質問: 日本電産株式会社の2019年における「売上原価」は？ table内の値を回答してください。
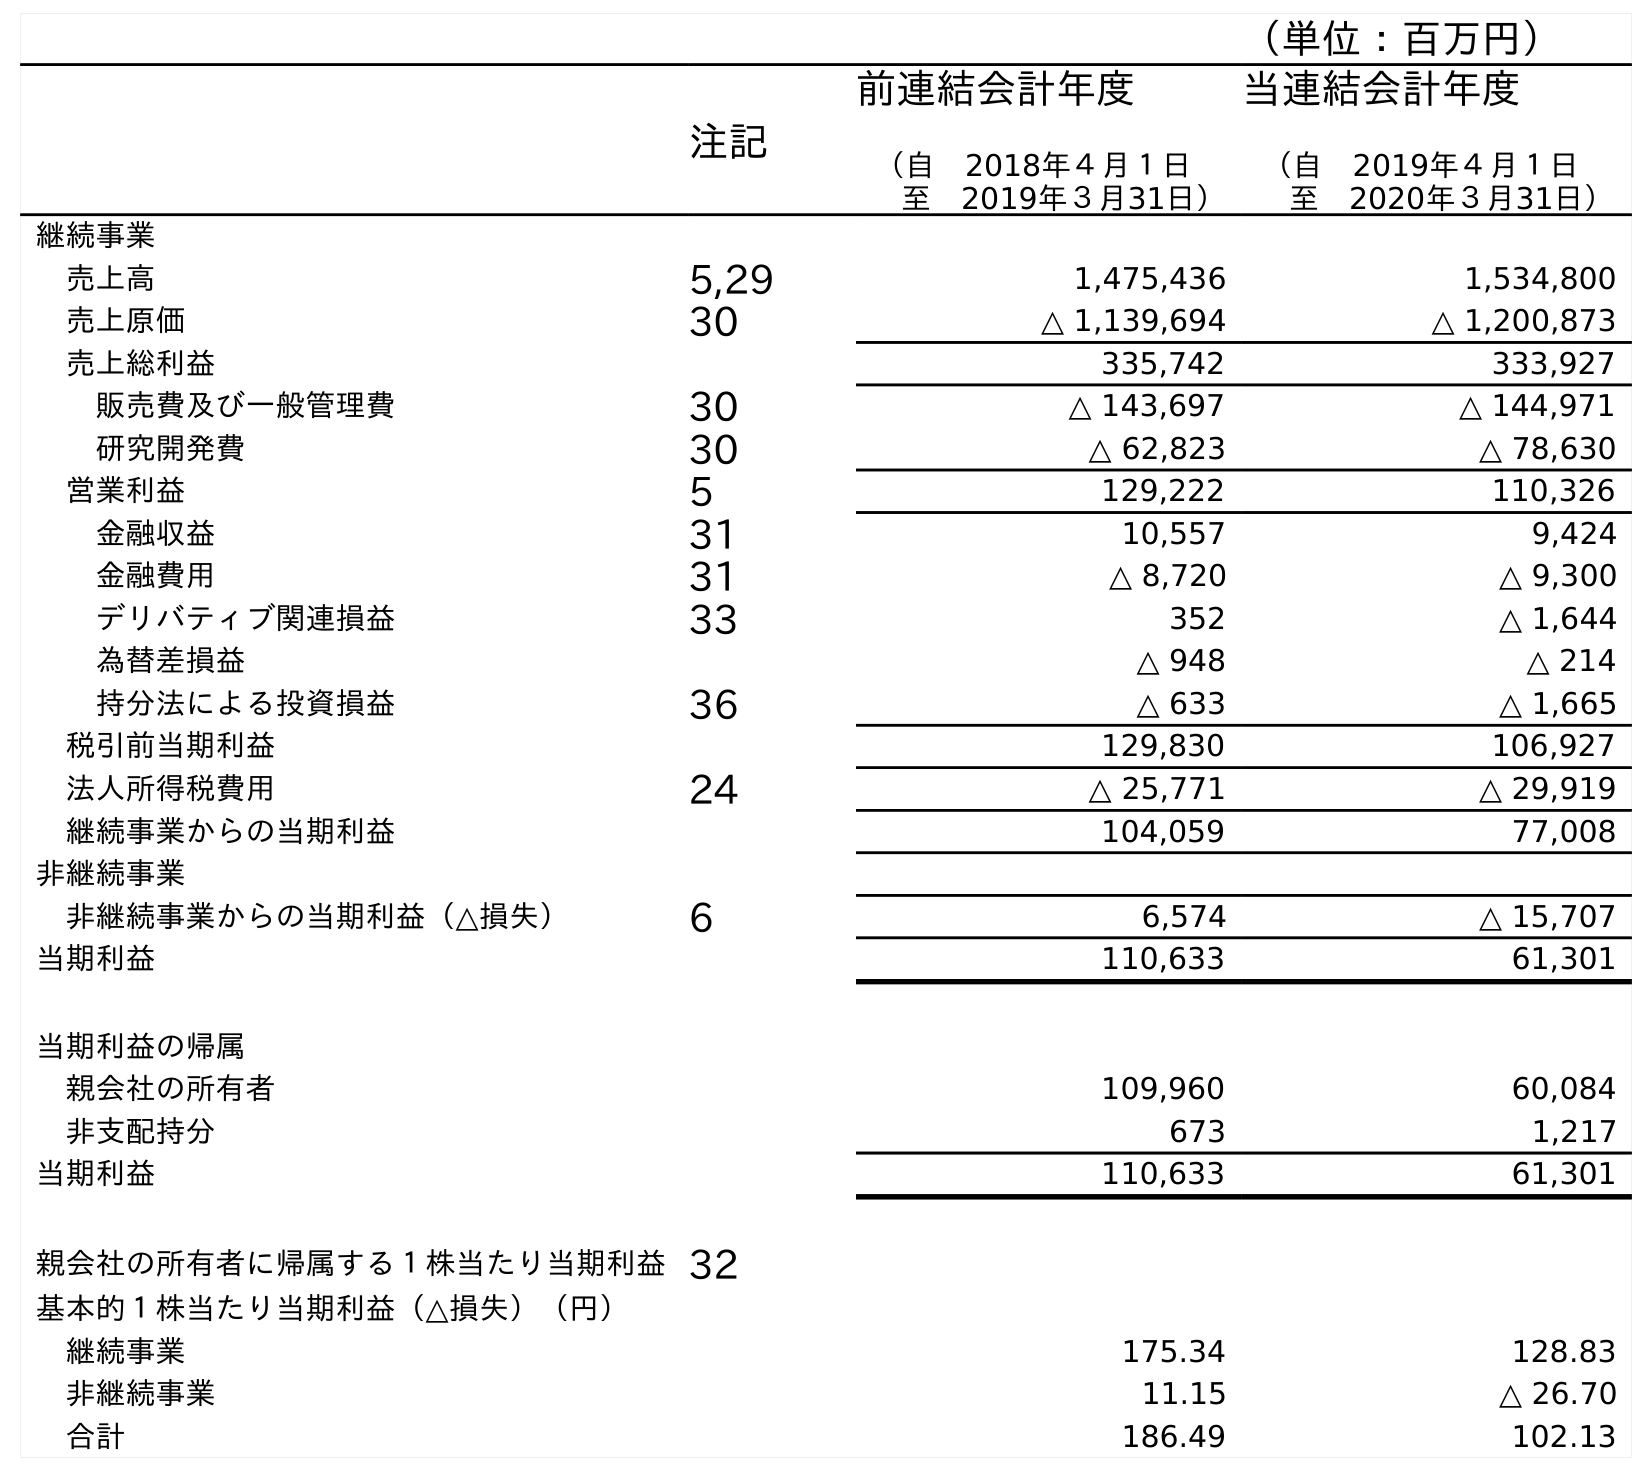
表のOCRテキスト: （単位：百万円） 注記 前連結会計年度 （自 2018年４月１日 至 2019年３月31日） 当連結会計年度 （自 2019年４月１日 至 2020年３月31日） 継続事業 売上高 5,29 1,475,436 1,534,800 売上原価 30 △ 1,139,694 △ 1,200,873 売上総利益 335,742 333,927 販売費及び一般管理費 30 △ 143,697 △ 144,971 研究開発費 30 △ 62,823 △ 78,630 営業利益 5 129,222 110,326 金融収益 31 10,557 9,424 金融費用 31 △ 8,720 △ 9,300 デリバティブ関連損益 33 352 △ 1,644 為替差損益 △ 948 △ 214 持分法による投資損益 36 △ 633 △ 1,665 税引前当期利益 129,830 106,927 法人所得税費用 24 △ 25,771 △ 29,919 継続事業からの当期利益 104,059 77,008 非継続事業 非継続事業からの当期利益（△損失） 6 6,574 △ 15,707 当期利益 110,633 61,301 当期利益の帰属 親会社の所有者 109,960 60,084 非支配持分 673 1,217 当期利益 110,633 61,301 親会社の所有者に帰属する１株当たり当期利益32 基本的１株当たり当期利益（△損失）（円） 継続事業 175.34 128.83 非継続事業 11.15 △ 26.70 合計 186.49 102.13
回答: △1,139,694